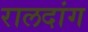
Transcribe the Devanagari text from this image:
रालदांग